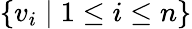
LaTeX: \{ v_{i}\mid 1\leq i\leq n\}